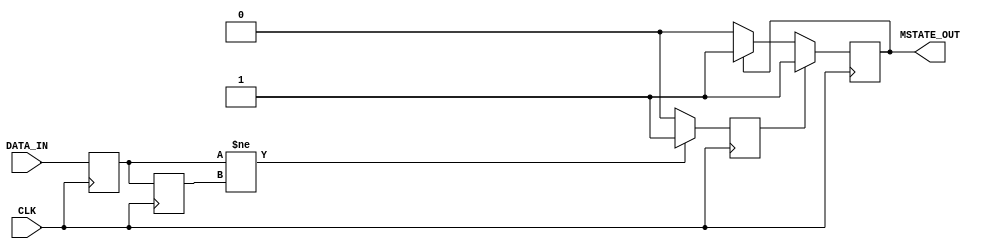
module metastability_detector (
    input wire DATA_IN,       // Input signal from asynchronous source
    input wire CLK,           // Synchronous clock
    output reg MSTATE_OUT     // Metastability indicator output
);

    // Internal signals
    reg FF1_Q;               // Output of the first flip-flop
    reg FF2_Q;               // Output of the second flip-flop
    reg pulse;               // Pulse signal for metastability detection

    // Parameters for pulse width control
    parameter PULSE_WIDTH = 2; // Adjust this for pulse width tuning

    // Flip-flops to sample the input signal
    always @(posedge CLK) begin
        FF1_Q <= DATA_IN;     // Sample DATA_IN on the rising edge of CLK
        FF2_Q <= FF1_Q;       // Sample FF1_Q on the next rising edge of CLK
    end

    // Pulse generator logic
    always @(posedge CLK) begin
        if (FF1_Q != FF2_Q) begin
            pulse <= 1'b1;     // Generate pulse if FF1_Q and FF2_Q differ
        end else begin
            pulse <= 1'b0;     // Clear pulse if they are the same
        end
    end

    // Metastability indicator output
    always @(posedge CLK) begin
        if (pulse) begin
            MSTATE_OUT <= 1'b1; // Set metastability indicator high
        end else if (MSTATE_OUT) begin
            // Create a pulse width effect
            if (PULSE_WIDTH > 0) begin
                MSTATE_OUT <= 1'b1; // Hold high for pulse width duration
                PULSE_WIDTH <= PULSE_WIDTH - 1; // Decrement pulse width counter
            end else begin
                MSTATE_OUT <= 1'b0; // Reset metastability indicator
            end
        end
    end

endmodule